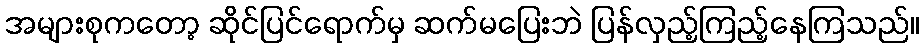
အများစုကတော့ ဆိုင်ပြင်ရောက်မှ ဆက်မပြေးဘဲ ပြန်လှည့်ကြည့်နေကြသည်။